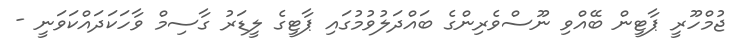
ޖުމްހޫރީ ޕާޓީން ބޭއްވި ނޫސްވެރިންގެ ބައްދަލުވުމުގައި ޕާޓީގެ ލީޑަރު ގާސިމް ވާހަކަދައްކަވަނީ -